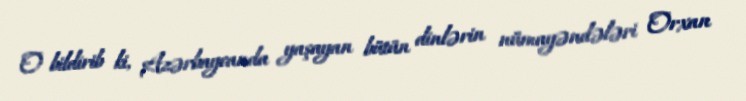
O bildirib ki, Azərbaycanda yaşayan bütün dinlərin nümayəndələri Orxan